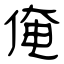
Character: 俺